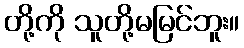
တို့ကို သူတို့မမြင်ဘူး။